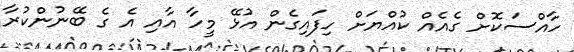
ހާއްސަކޮށް ގެއެއް ކުއްޔަށް ހިފައިގެން އުޅޭ މީހާ އާއި އެ ގެ ބޭނުންކުރާ